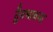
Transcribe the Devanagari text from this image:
द्वैतभावना